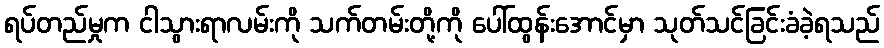
ရပ်တည်မှုက ငါသွားရာလမ်းကို သက်တမ်းတို့ကို ပေါ်ထွန်းအောင်မှာ သုတ်သင်ခြင်းခံခဲ့ရသည်